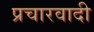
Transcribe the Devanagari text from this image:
प्रचारवादी